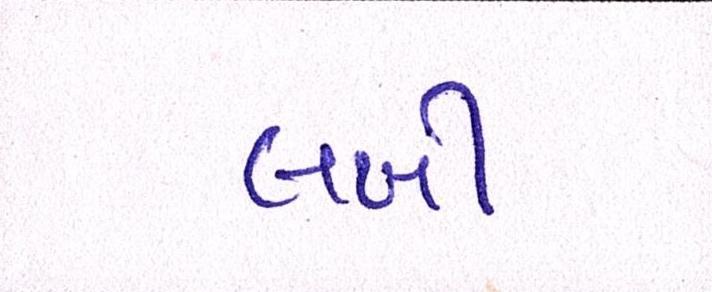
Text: લખી